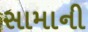
સામાની